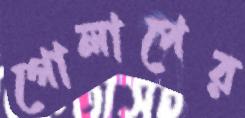
গোলাপের